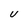
Character: U